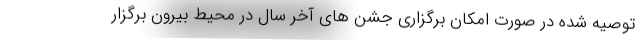
توصیه شده در صورت امکان برگزاری جشن های آخر سال در محیط بیرون برگزار